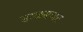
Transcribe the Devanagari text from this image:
सरळसपाट